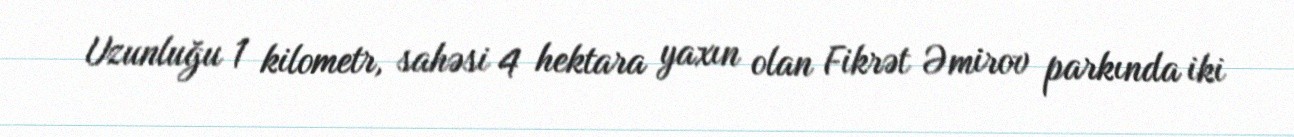
Uzunluğu 1 kilometr, sahəsi 4 hektara yaxın olan Fikrət Əmirov parkında iki